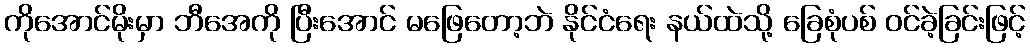
ကိုအောင်မိုးမှာ ဘီအေကို ပြီးအောင် မဖြေတော့ဘဲ နိုင်ငံရေး နယ်ထဲသို့ ခြေစုံပစ် ဝင်ခဲ့ခြင်းဖြင့်